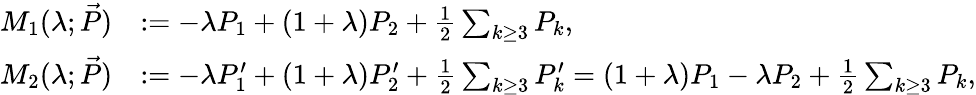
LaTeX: \begin{array}{r}{\begin{array}{rl}{M_{1}(\lambda;\vec{P})}&{:=-\lambda P_{1}+(1+\lambda)P_{2}+\frac{1}{2}\sum_{k\ge 3}P_{k},}\\ {M_{2}(\lambda;\vec{P})}&{:=-\lambda P_{1}^{\prime}+(1+\lambda)P_{2}^{\prime}+\frac{1}{2}\sum_{k\ge 3}P_{k}^{\prime}=(1+\lambda)P_{1}-\lambda P_{2}+\frac{1}{2}\sum_{k\ge 3}P_{k},}\end{array}}\end{array}